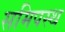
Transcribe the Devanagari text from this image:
समिपस्थ